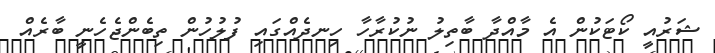
ޝަރުއީ ކޯޓަކުން އެ މާއްދާ ބާތިލު ނުކުރާހާ ހިނދެއްގައި ފުލުހުން ތިބެންޖެހެނީ ބާރެއް